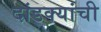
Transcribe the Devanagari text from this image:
दांडक्यांची